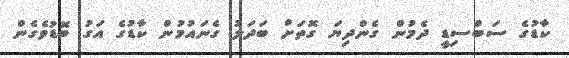
ކާޑުގެ ސަބްސިޑީ ދެމުން ގެންދިޔަ ގޮތަށް ބަދަލު ގެނައުމުން ކާޑުގެ އަގު ބޮޑުވެގެން